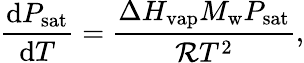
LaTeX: \frac{\mathrm{d}P_{\mathrm{sat}}}{\mathrm{d}T}=\frac{\Delta H_{\mathrm{vap}}M_{\mathrm{w}}P_{\mathrm{sat}}}{\mathcal{R}T^{2}},